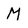
Character: M